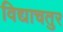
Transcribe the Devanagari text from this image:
विद्याचतुर